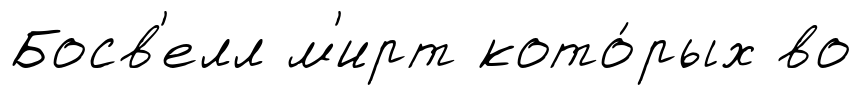
Босв'елл м'ирт кото́рых во